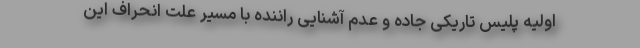
اولیه پلیس تاریکی جاده و عدم آشنایی راننده با مسیر علت انحراف این